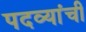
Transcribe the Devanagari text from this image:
पदव्यांची